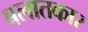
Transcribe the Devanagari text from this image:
बलातकार